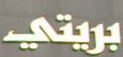
بريتي